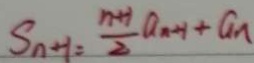
S _ { n + 1 } = \frac { n + 1 } { 2 } a _ { n + 1 } + a _ { n }